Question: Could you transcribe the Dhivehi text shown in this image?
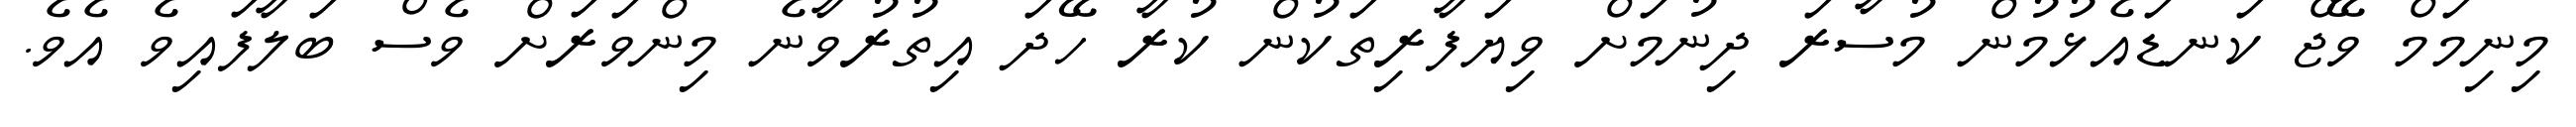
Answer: މިނިމަމް ވޭޖް ކަނޑައެޅުމުން މުސާރަ ދިނުމަށް ވިޔަފާރިތަކުން ކުރާ ހޭދަ އިތުރުވާނެ މިންވަރަށް ވެސް ބަލާފައިވެ އެވެ.